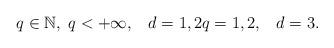
LaTeX: \begin{align*}q\in \mathbb{N}, \; q<+\infty, \; \;\; d=1,2 q=1, 2,\;\;\;d=3.\end{align*}